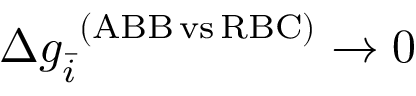
\Delta g _ { \bar { i } } ^ { \ ( \mathrm { A B B \, v s \, R B C } ) } \rightarrow 0